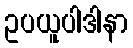
ဥပယူပါဒါနာ